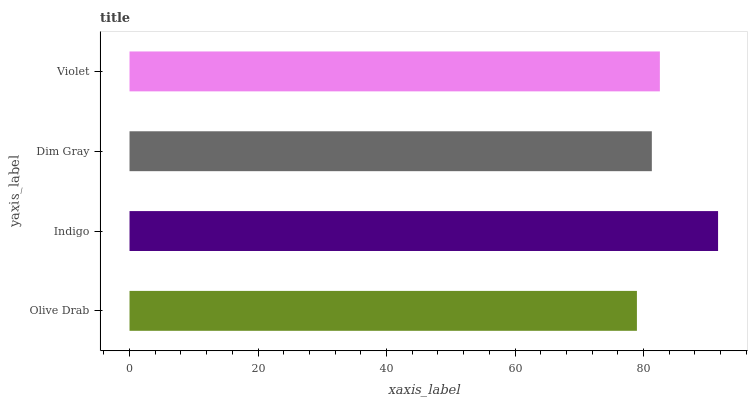
| yaxis_label | bars |
 | --- | --- |
 | Olive Drab | 79 |
 | Indigo | 91.6 |
 | Dim Gray | 81.3 |
 | Violet | 82.5 |